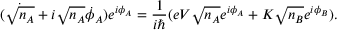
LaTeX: ( { \dot { \sqrt { n _ { A } } } } + i { \sqrt { n _ { A } } } { \dot { \phi } } _ { A } ) e ^ { i \phi _ { A } } = { \frac { 1 } { i \hbar } } ( e V { \sqrt { n _ { A } } } e ^ { i \phi _ { A } } + K { \sqrt { n _ { B } } } e ^ { i \phi _ { B } } ) .